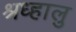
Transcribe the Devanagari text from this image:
श्रध्हालु